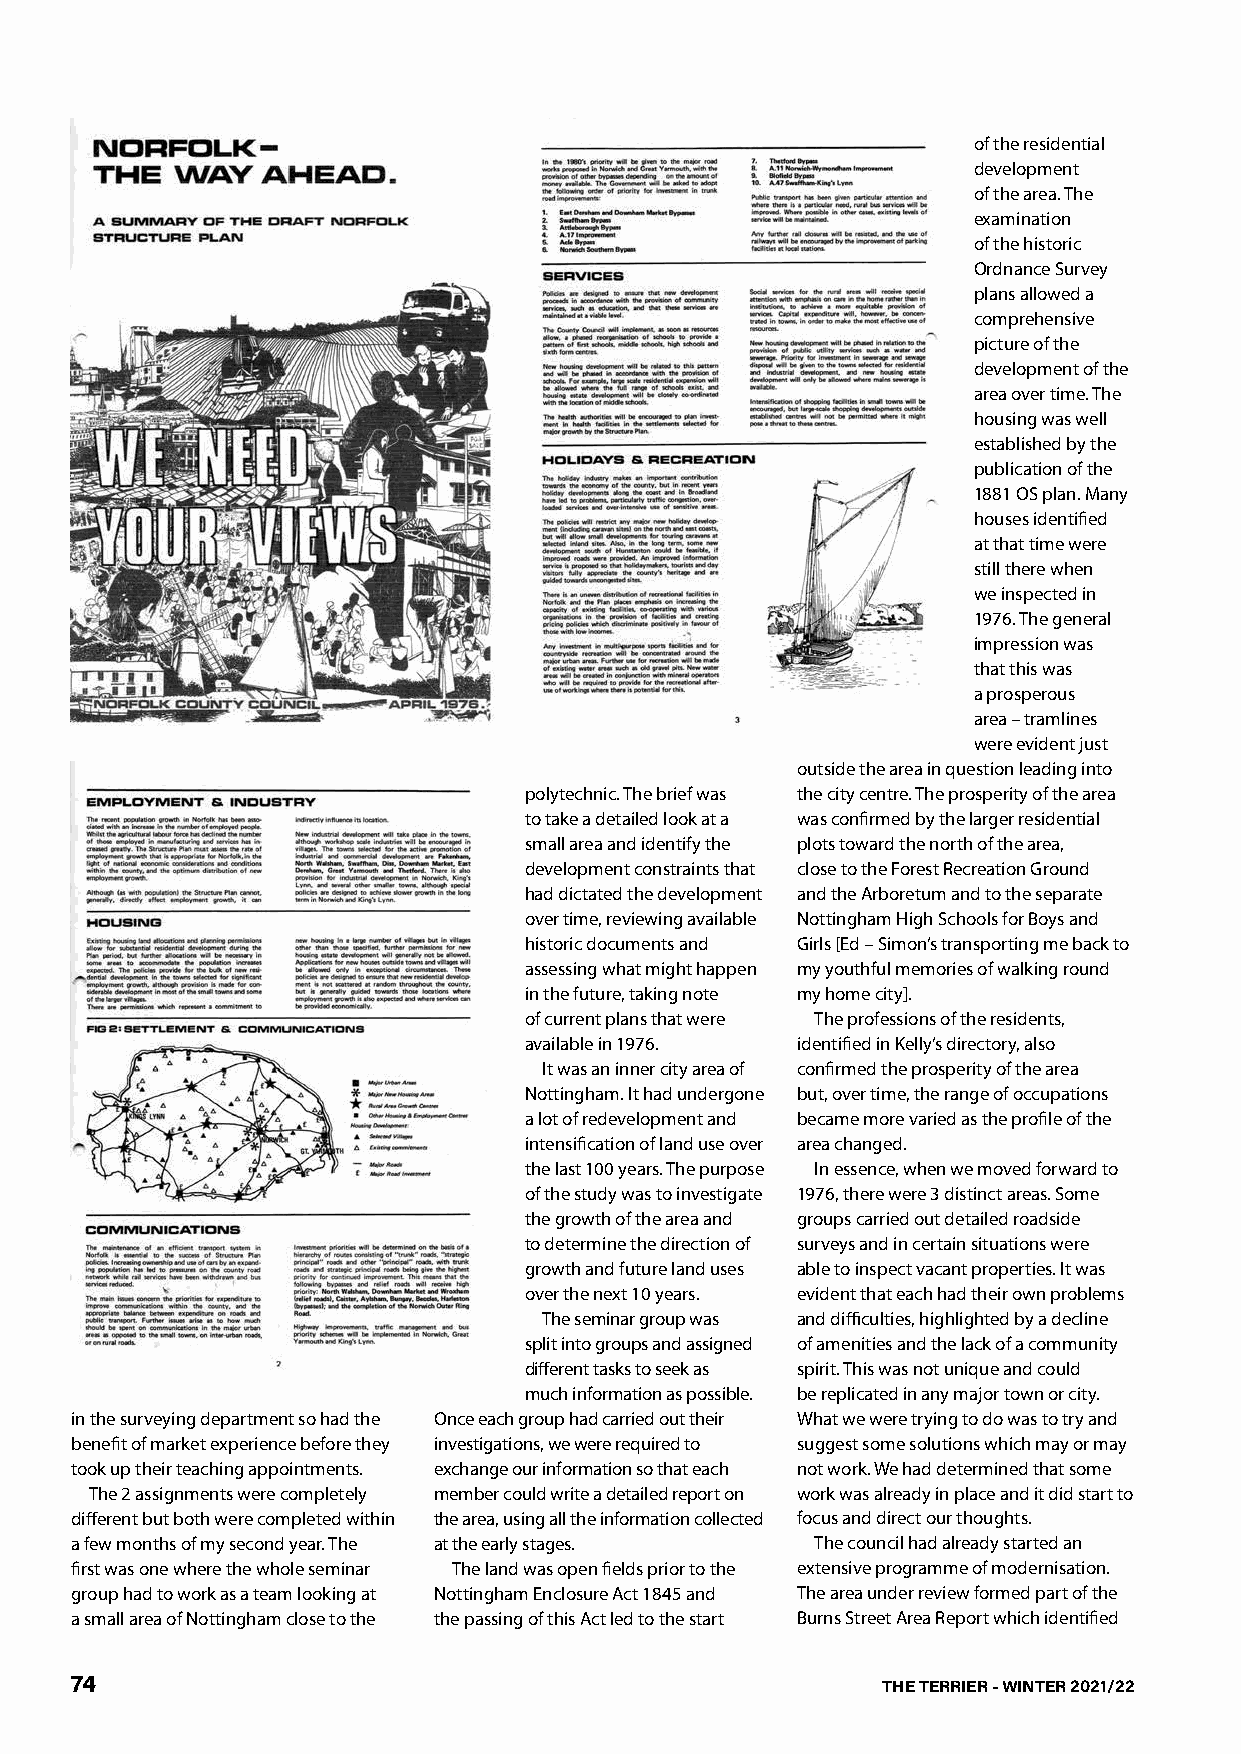
of the residential
 development
 of the area. The
 examination
 of the historic
 Ordnance Survey
 plans allowed a
 comprehensive
 picture of the
 development of the
 area over time. The
 housing was well
 established by the
 publication of the
 1881 OS plan. Many
 houses identified
 at that time were
 still there when
 we inspected in
 1976. The general
 impression was
 that this was
 a prosperous
 area – tramlines
 were evident just
 outside the area in question leading into
 polytechnic. The brief was the city centre. The prosperity of the area
 to take a detailed look at a was confirmed by the larger residential
 small area and identify the plots toward the north of the area,
 development constraints that close to the Forest Recreation Ground
 had dictated the development and the Arboretum and to the separate
 over time, reviewing available Nottingham High Schools for Boys and
 historic documents and Girls [Ed – Simon’s transporting me back to
 assessing what might happen my youthful memories of walking round
 in the future, taking note my home city].
 of current plans that were The professions of the residents,
 available in 1976. identified in Kelly’s directory, also
 It was an inner city area of confirmed the prosperity of the area
 Nottingham. It had undergone but, over time, the range of occupations
 a lot of redevelopment and became more varied as the profile of the
 intensification of land use over area changed.
 the last 100 years. The purpose In essence, when we moved forward to
 of the study was to investigate 1976, there were 3 distinct areas. Some
 the growth of the area and groups carried out detailed roadside
 to determine the direction of surveys and in certain situations were
 growth and future land uses able to inspect vacant properties. It was
 over the next 10 years. evident that each had their own problems
 The seminar group was and difficulties, highlighted by a decline
 split into groups and assigned of amenities and the lack of a community
 different tasks to seek as spirit. This was not unique and could
 much information as possible. be replicated in any major town or city.
 in the surveying department so had the Once each group had carried out their What we were trying to do was to try and
 benefit of market experience before they investigations, we were required to suggest some solutions which may or may
 took up their teaching appointments. exchange our information so that each not work. We had determined that some
 The 2 assignments were completely member could write a detailed report on work was already in place and it did start to
 different but both were completed within the area, using all the information collected focus and direct our thoughts.
 a few months of my second year. The at the early stages. The council had already started an
 first was one where the whole seminar The land was open fields prior to the extensive programme of modernisation.
 group had to work as a team looking at Nottingham Enclosure Act 1845 and The area under review formed part of the
 a small area of Nottingham close to the the passing of this Act led to the start Burns Street Area Report which identified
 74                                                   THE TERRIER - WINTER 2021/22